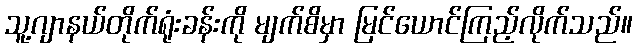
သူ့ဂျာနယ်တိုက်ရုံးခန်းကို မျက်စိမှာ မြင်ယောင်ကြည့်လိုက်သည်။